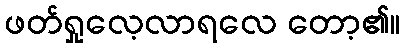
ဖတ်ရှုလေ့လာရလေ တော့၏။